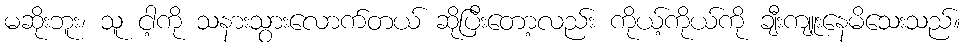
မဆိုးဘူး၊ သူ ငါ့ကို သနားသွားလောက်တယ် ဆိုပြီးတော့လည်း ကိုယ့်ကိုယ်ကို ချီးကျူးနေမိသေးသည်။